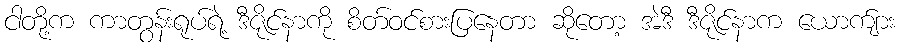
ငါတို့က ကာတွန်းရုပ်ရဲ့ ဒီဇိုင်နာကို စိတ်ဝင်စားပြနေတာ ဆိုတော့ အဲဒီ ဒီဇိုင်နာက ယောက်ျား